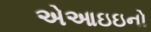
એઆઇઇનો